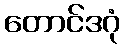
တောင်ဒဂုံ